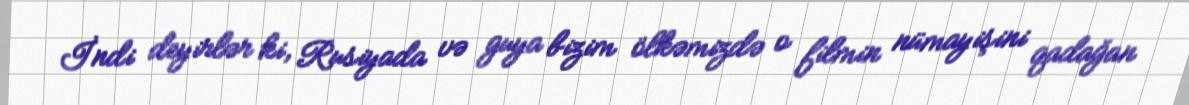
İndi deyirlər ki, Rusiyada və guya bizim ölkəmizdə o filmin nümayişini qadağan